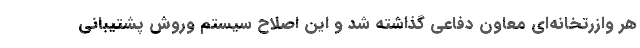
هر وازرتخانه‌ای معاون دفاعی گذاشته شد و این اصلاح سیستم وروش پشتیبانی